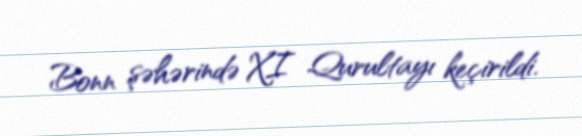
Bonn şəhərində XI Qurultayı keçirildi.